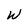
Character: W